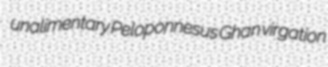
unalimentary Peloponnesus Ghan virgation